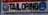
tailoring